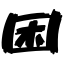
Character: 困